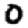
Digit: 0